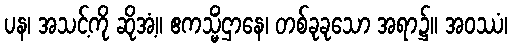
ပန၊ အသင့်ကို ဆိုအံ့။ ဧကသ္မိံဌာနေ၊ တစ်ခုခုသော အရာ၌။ အဝဿံ၊